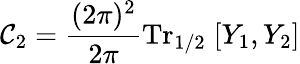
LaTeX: \mathcal{C}_{2}=\frac{{(2\pi)^{2}}}{{2\pi}}\mathrm{{Tr}}_{1/2}\; [Y_{1},Y_{2}]